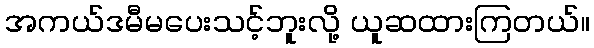
အကယ်ဒမီမပေးသင့်ဘူးလို့ ယူဆထားကြတယ်။